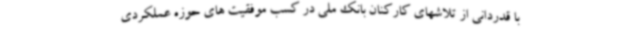
با قدردانی از تلاشهای کارکنان بانک ملی در کسب موفقیت های حوزه عملکردی